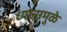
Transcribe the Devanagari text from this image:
ध्यानामुळे